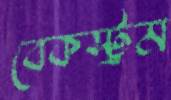
বেকস্ট্রম